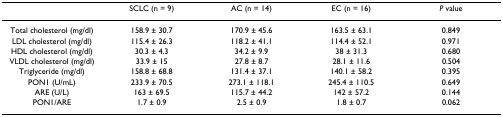
<table><thead><tr><td></td><td><b>SCLC (n = 9)</b></td><td><b>AC (n = 14)</b></td><td><b>EC (n = 16)</b></td><td><b><i>P </i>value</b></td></tr></thead><tbody><tr><td>Total cholesterol (mg/dl)</td><td>158.9 ± 30.7</td><td>170.9 ± 45.6</td><td>163.5 ± 63.1</td><td>0.849</td></tr><tr><td>LDL cholesterol (mg/dl)</td><td>115.4 ± 26.3</td><td>118.2 ± 41.1</td><td>114.4 ± 52.1</td><td>0.971</td></tr><tr><td>HDL cholesterol (mg/dl)</td><td>30.3 ± 4.3</td><td>34.2 ± 9.9</td><td>38 ± 31.3</td><td>0.680</td></tr><tr><td>VLDL cholesterol (mg/dl)</td><td>33.9 ± 15</td><td>27.8 ± 8.7</td><td>28.1 ± 11.6</td><td>0.504</td></tr><tr><td>Triglyceride (mg/dl)</td><td>158.8 ± 68.8</td><td>131.4 ± 37.1</td><td>140.1 ± 58.2</td><td>0.395</td></tr><tr><td>PON1 (U/mL)</td><td>233.9 ± 70.5</td><td>273.1 ± 118.1</td><td>245.4 ± 110.5</td><td>0.649</td></tr><tr><td>ARE (U/L)</td><td>163 ± 69.5</td><td>115.7 ± 44.2</td><td>142 ± 57.2</td><td>0.144</td></tr><tr><td>PON1/ARE</td><td>1.7 ± 0.9</td><td>2.5 ± 0.9</td><td>1.8 ± 0.7</td><td>0.062</td></tr></tbody></table>